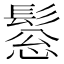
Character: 𩭤